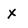
Character: x